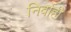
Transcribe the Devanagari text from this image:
निर्बाही